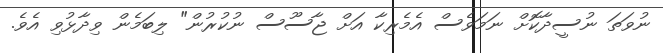
ނުވަތަ ނުސީދާކޮށް ނަމަވެސް އެމެރިކާ އަށް ޖާސޫސް ނުކުރުން" ލިބަމެން ވިދާޅުވި އެވެ.